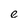
Character: e